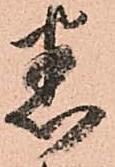
悉